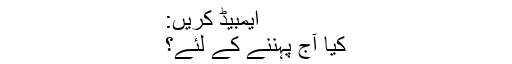
ایمبیڈ کریں:
کیا آج پہننے کے لئے؟